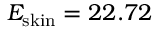
E _ { \mathrm { s k i n } } = 2 2 . 7 2